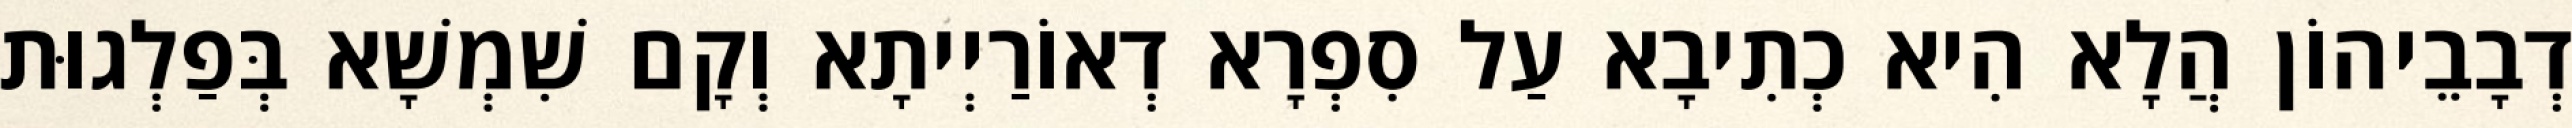
דְבָבֵיהוֹן הֲלָא הִיא כְתִיבָא עַל סִפְרָא דְאוֹרַיְיתָא וְקָם שִׁמְשָׁא בְּפַלְגוּת